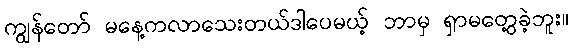
ကျွန်တော် မနေ့ကလာသေးတယ်ဒါပေမယ့် ဘာမှ ရှာမတွေ့ခဲ့ဘူး။